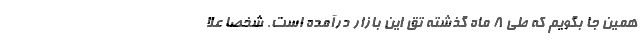
همين جا بگويم كه طي 8 ماه گذشته تق اين بازار درآمده است. شخصا علا